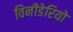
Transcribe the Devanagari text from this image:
विनीडेरियो